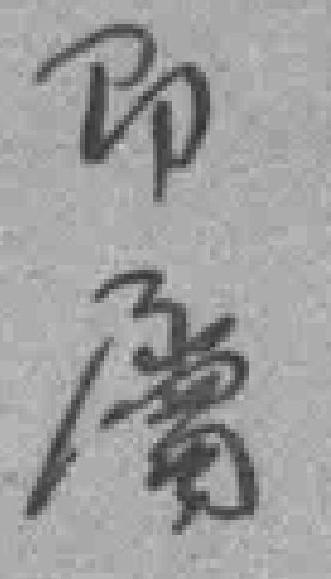
即屬